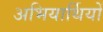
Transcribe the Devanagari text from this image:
अभियार्थियों